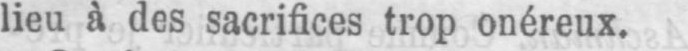
lieu à des sacrifices trop onéreux.